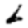
Digit: 6